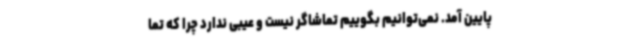
پایین آمد. نمی‌توانیم بگوییم تماشاگر نیست و عیبی ندارد چرا که تما